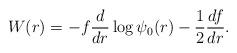
LaTeX: \begin{align*} W(r) = - f \frac{d}{dr} \log \psi_0(r) - \frac{1}{2} \frac{df}{dr}.\end{align*}